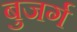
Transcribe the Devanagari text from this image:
बुजर्ग